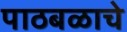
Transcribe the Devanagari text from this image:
पाठबळाचे